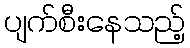
ပျက်စီးနေသည့်